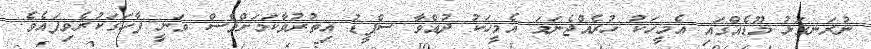
ނުރަނގަޅު މޫޑެއްގައި އެމީހަކު ހުރެއްޖެނަމަ އެމީހަކު ދުއްވާ ސްޕީޑު އިތުރުވާކަމަށްވެސް ވަނީ ފާހަގަކުރެވިފައެވެ.